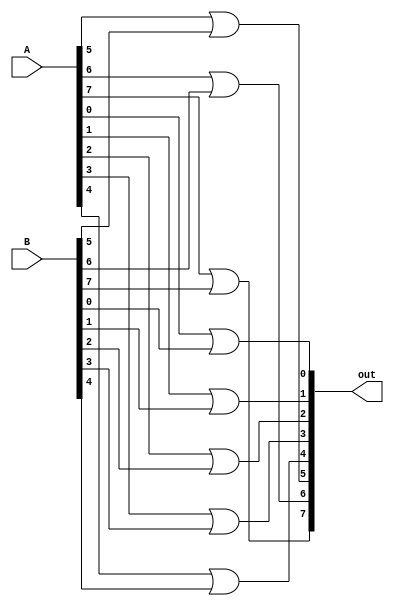
module prop_8_bit(out, A, B);
	input [7:0] A, B;
	output [7:0] out;
	
	or g0(out[0], A[0], B[0]);
	or g1(out[1], A[1], B[1]);
	or g2(out[2], A[2], B[2]);
	or g3(out[3], A[3], B[3]);
	or g4(out[4], A[4], B[4]);
	or g5(out[5], A[5], B[5]);
	or g6(out[6], A[6], B[6]);
	or g7(out[7], A[7], B[7]);
endmodule